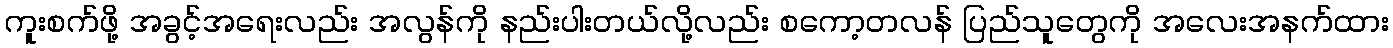
ကူးစက်ဖို့ အခွင့်အရေးလည်း အလွန်ကို နည်းပါးတယ်လို့လည်း စကော့တလန် ပြည်သူတွေကို အလေးအနက်ထား